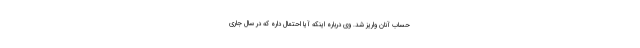
حساب آنان واریز شد. وی درباره اینکه آیا احتمال داره که در سال جاری